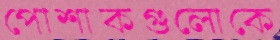
পোশাকগুলোকে